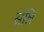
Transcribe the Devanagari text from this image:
सन्नि